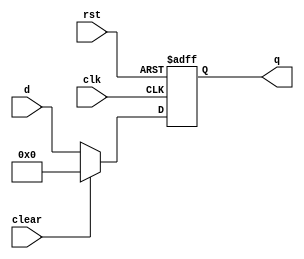
`timescale 1ns / 1ps
//////////////////////////////////////////////////////////////////////////////////
// Company: 
// Engineer: 
// 
// Design Name: 
// Module Name: floprc
// Project Name: 
// Target Devices: 
// Tool Versions: 
// Description: 
// 
// Dependencies: 
// 
// Revision:
// Revision 0.01 - File Created
// Additional Comments:
// 
//////////////////////////////////////////////////////////////////////////////////


module floprc #(parameter WIDTH = 8)(
    input wire clk,rst,clear,
    input wire[WIDTH-1:0] d,
    output reg[WIDTH-1:0] q
    );
    always @(posedge clk, posedge rst) begin
        if(rst) begin
            q<=0;
            end
        else if (clear) begin
            q<=0;
            end
        else begin
            q<=d;
            end
     end
endmodule